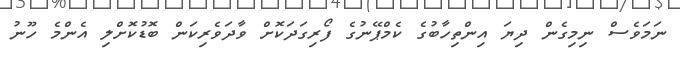
ނަމަވެސް ނިމިގެން ދިޔަ އިންތިހާބުގެ ކެމްޕޭނުގެ ފޯރިގަދަކޮށް ވާދަވެރިކަން ބޮޑުކޮށްލި އެންމެ ހޫނު